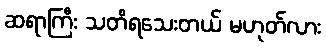
ဆရာကြီး သတိရသေးတယ် မဟုတ်လား